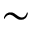
\sim